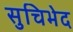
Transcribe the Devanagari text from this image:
सुचिभेद